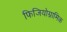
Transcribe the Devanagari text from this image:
फिजियोग्नामिक